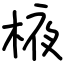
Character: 棭